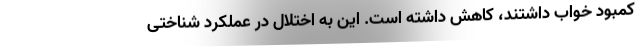
کمبود خواب داشتند، کاهش داشته است. این به اختلال در عملکرد شناختی